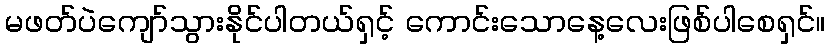
မဖတ်ပဲကျော်သွားနိုင်ပါတယ်ရှင့် ကောင်းသောနေ့လေးဖြစ်ပါစေရှင်။